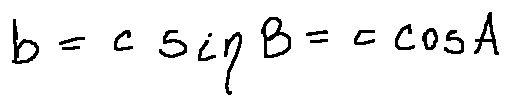
b = c \sin B = c \cos A